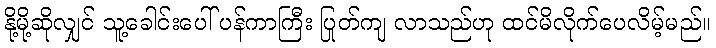
နို့မို့ဆိုလျှင် သူ့ခေါင်းပေါ် ပန်ကာကြီး ပြုတ်ကျ လာသည်ဟု ထင်မိလိုက်ပေလိမ့်မည်။